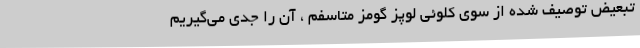
تبعیض توصیف شده از سوی کلوئی لوپز گومز متاسفم ، آن را جدی می‌گیریم